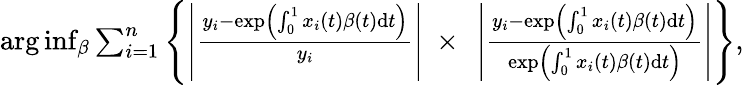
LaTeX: \begin{array}{r}{\arg\operatorname*{inf}_{\beta}\sum_{i=1}^{n}\left\{ \left\lvert\frac{y_{i}-\exp\left(\int_{0}^{1}x_{i}(t)\beta(t)\mathrm{d}t\right)}{y_{i}}\right\rvert\ \times\ \left\lvert\frac{y_{i}-\exp\left(\int_{0}^{1}x_{i}(t)\beta(t)\mathrm{d}t\right)}{\exp\left(\int_{0}^{1}x_{i}(t)\beta(t)\mathrm{d}t\right)}\right\vert\right\} ,}\end{array}